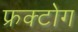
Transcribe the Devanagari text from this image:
फ्रक्टोग